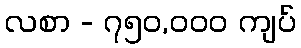
လစာ - ၇၅၀,၀၀၀ ကျပ်